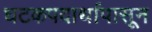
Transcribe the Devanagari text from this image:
घटकपदार्थापासून